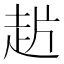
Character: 𰷲